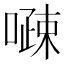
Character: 𠽔